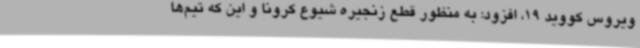
ویروس کووید 19، افزود: به منظور قطع زنجیره شیوع کرونا و این‌ که تیم‌ها